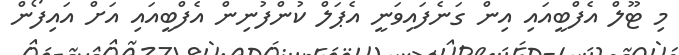
މި ޓޫލް އެފްބީއައި އިން ގަނެފައިވަނީ އެޕަލް ކުންފުނިން އެފްބީއައި އަށް އައިފޯން